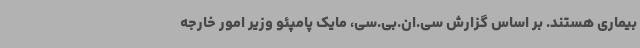
بیماری هستند. بر اساس گزارش سی.ان.بی.سی، مایک پامپئو وزیر امور خارجه